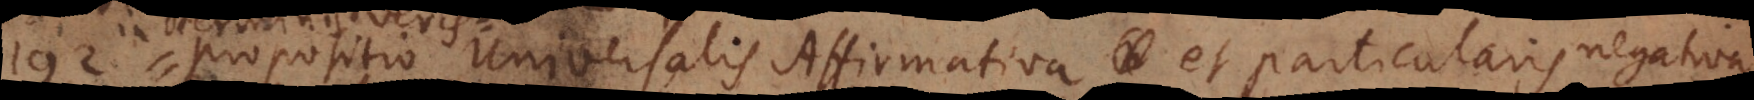
fiet propositio Universalis Affirmativa et particularis negativa